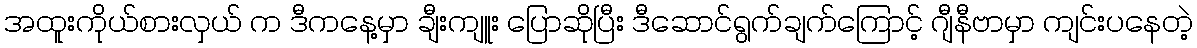
အထူးကိုယ်စားလှယ် က ဒီကနေ့မှာ ချီးကျူး ပြောဆိုပြီး ဒီဆောင်ရွက်ချက်ကြောင့် ဂျီနီဗာမှာ ကျင်းပနေတဲ့